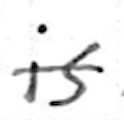
Text: is
Cross-out: single-line
Writing tool: ballpoint